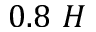
0 . 8 ~ H